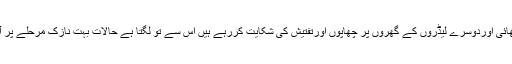
جس طرح متحدہ کے لوگ اب لندن کی پولیس اور حکومت پر کھل کر تنقید کررہے ہیں اور الطاف بھائی اوردوسرے لیڈروں کے گھروں پر چھاپوں اورتفتیش کی شکایت کررہے ہیں اس سے تو لگتا ہے حالات بہت نازک مرحلے پر آچکے ہیں اورمتحدہ کے لیڈر اب یہ سونگھ رہے ہیں کہ ان کو متبادل قیادت کی فوری ضرورت ہے۔